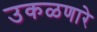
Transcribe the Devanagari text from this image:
उकळणारे